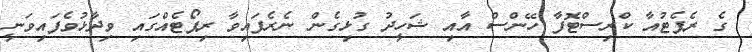
ގެ ރެޕެޓުއާ ކްރިސްޓޮފާ ހޭންސް އާއި ޝަހީދު ގުޅިގެން ނެރެފައިވާ ރިޕޯޓެއްގައި ވިދާޅުވެފައިވަނީ